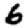
Digit: 6